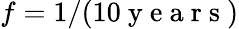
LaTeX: f=1/(10\mathrm{~y~e~a~r~s~})